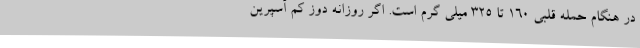
در هنگام حمله قلبی 160 تا 325 میلی گرم است. اگر روزانه دوز کم آسپرین